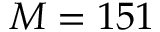
M = 1 5 1